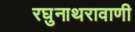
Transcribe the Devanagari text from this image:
रघुनाथरावाणी